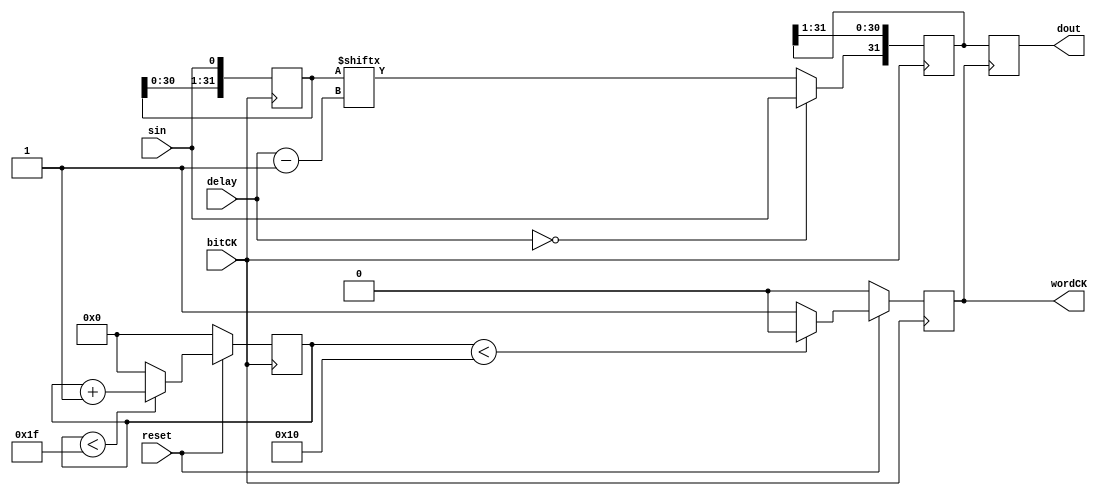
`timescale 10ps / 1ps
//////////////////////////////////////////////////////////////////////////////////
// Company: Southern Methodist University
// 
// Module Name: deserializer
// Project Name: ETROC2 readout
// Description: 
// Dependencies: 
// 
// LSB first deserializer
//  for logic check only


//////////////////////////////////////////////////////////////////////////////////


module deserializer #(parameter WORDWIDTH = 32, parameter WIDTH = 6 /* WIDTH = $clog2(WORDWIDTH) */)  (
    input                   bitCK,
    input                   reset,
    input [WIDTH-1:0]       delay,
	input                   sin,         //output serial data
    output reg              wordCK,
	output [WORDWIDTH-1:0]  dout         //input data
);

    wire [WIDTH - 1 : 0] half = WORDWIDTH >> 1 ;
    reg [WIDTH - 1 : 0] counter;  
    always @(posedge bitCK) 
    begin
        if(!reset)
        begin
            counter <= {WORDWIDTH*{1'b0}};
        end
        else if(counter < WORDWIDTH-1)
        begin
            counter <= counter + 1;
        end
        else 
        begin
            counter <= {WORDWIDTH*{1'b0}};
        end
    end

    always @(posedge bitCK) 
    begin
        if(!reset)
        begin
            wordCK <= 1'b0;
        end
        else if(counter < half)
        begin
            wordCK <= 1'b0;
        end
        else 
        begin
            wordCK <= 1'b1;
        end
    end

    reg [WORDWIDTH-1:0] outBuf;
    reg [WORDWIDTH-1:0] r;          //internal registers
    reg [WORDWIDTH-1:0] delayCell;  //delay cell 
    wire delayedS;                  //delayed signal
    assign delayedS = (delay == 0) ? sin : delayCell[delay - 1];  
    always @(posedge bitCK) 
    begin
        delayCell <= {delayCell[WORDWIDTH-2:0],sin};
        r <= {delayedS, r[WORDWIDTH-1:1]};
    end

    always @(posedge wordCK) 
    begin        
        outBuf <= r;       
    end
    assign dout = outBuf;

endmodule